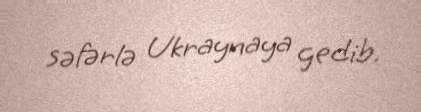
səfərlə Ukraynaya gedib.